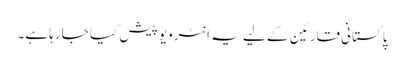
پاکستانی قارئین کے لیے یہ انٹرویو پیش کیا جارہا ہے۔